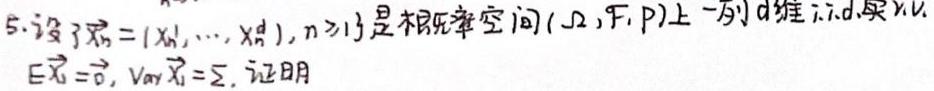
5. 设$\{ \vec{X}_n=(X_{n1},\cdots,X_{nd}),n\geq1\}$是概率空间$(\Omega,\mathcal{F},P)$上一列$d$维i.i.d.实r.v.，$E\vec{X}_1 = \vec{0}$，$Var\vec{X}_1=\Sigma$，证明